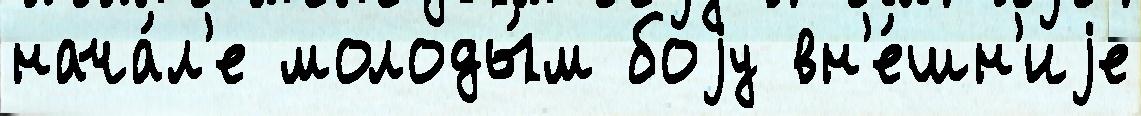
нача́л'е молоды́м боjу вн'е́шн'иjе